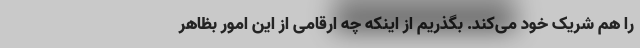
را هم شریک خود می‌کند. بگذریم از اینکه چه ارقامی از این امور بظاهر